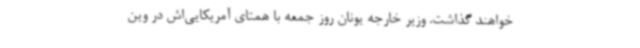
خواهند گذاشت. وزیر خارجه یونان روز جمعه با همتای آمریکایی‌اش در وین